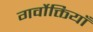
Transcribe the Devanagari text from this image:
गर्वोक्तियाँ